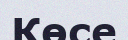
Көсе